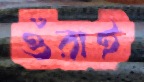
ওঁরাই